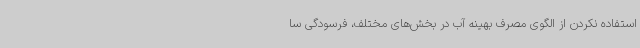
استفاده نکردن از الگوی مصرف بهینه آب در بخش‌های مختلف، فرسودگی سا